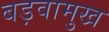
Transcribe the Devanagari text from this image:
बड़वामुख